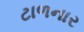
ટાળનાર